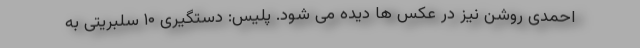
احمدی روشن نیز در عکس ها دیده می شود. پلیس: دستگیری ۱۰ سلبریتی به